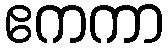
ဧကကာ